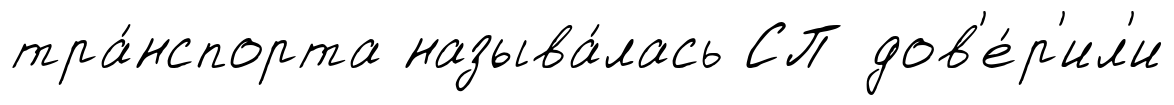
тра́нспорта называ́лась СП дов'е́р'ил'и